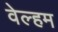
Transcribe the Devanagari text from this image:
वेल्हम